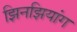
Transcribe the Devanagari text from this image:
झिनझियांग